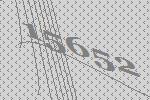
15652